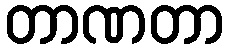
တာဏတာ